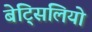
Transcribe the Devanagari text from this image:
बेट्सिलियो